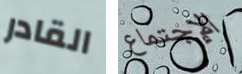
القادر الإجتماع